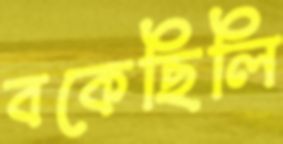
বকেছিলি